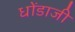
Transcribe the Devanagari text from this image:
धोंडाजी